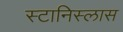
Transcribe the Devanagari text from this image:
स्टानिस्लास